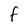
Character: F